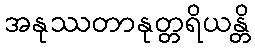
အနုဿတာနုတ္တရိယန္တိ